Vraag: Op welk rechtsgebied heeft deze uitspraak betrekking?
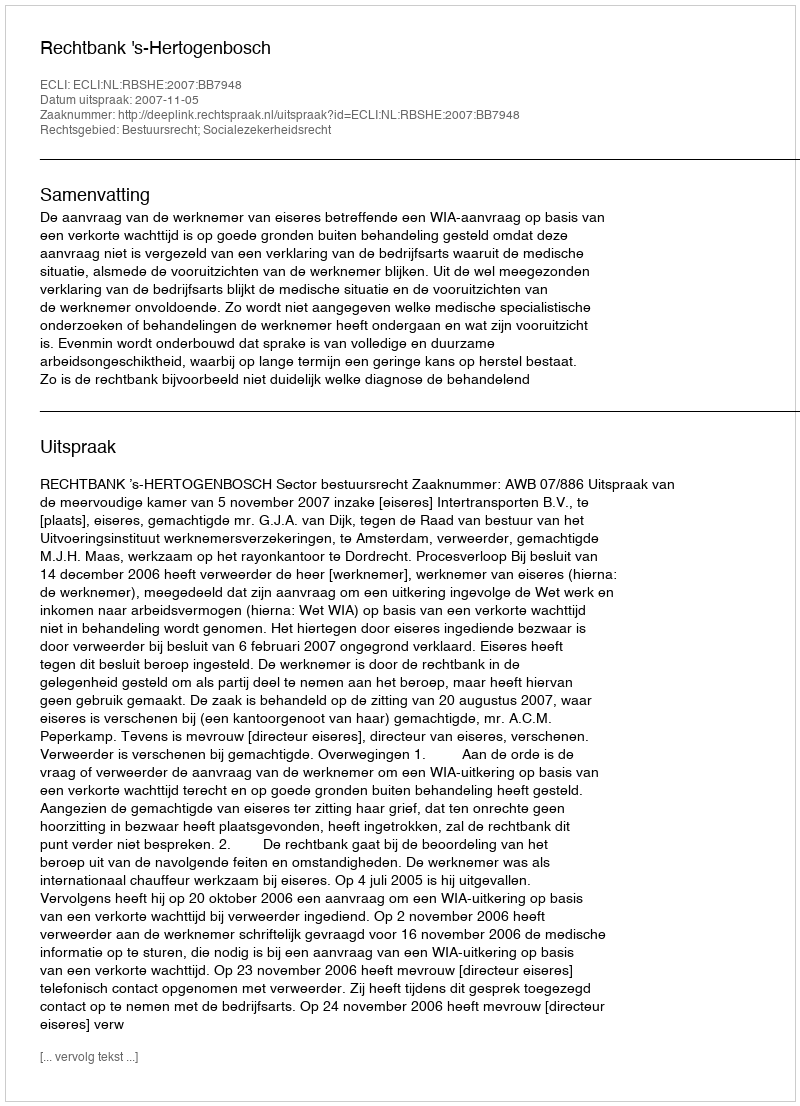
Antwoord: Bestuursrecht; Socialezekerheidsrecht